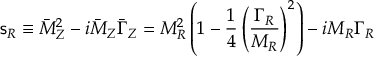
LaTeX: { \mathsf { s } } _ { R } \equiv \bar { M } _ { Z } ^ { 2 } - i \bar { M } _ { Z } \bar { \Gamma } _ { Z } = M _ { R } ^ { 2 } \left( 1 - \frac { 1 } { 4 } \left( \frac { \Gamma _ { R } } { M _ { R } } \right) ^ { 2 } \right) - i M _ { R } \Gamma _ { R }